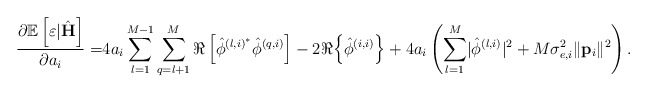
\begin{align*} \frac{\partial\mathbb{E}\left[\varepsilon|\hat{\mathbf{H}}\right]}{\partial a_i}=&4a_i\sum_{l=1}^{M-1}\sum_{q=l+1}^{M} \Re\left[\hat{\phi}^{\left(l,i\right)^*}\hat{\phi}^{\left(q,i\right)}\right]-2 \Re{\left\{\hat{\phi}^{\left(i,i\right)}\right\}}+4a_i\left(\sum_{l=1}^M\lvert\hat{\phi}^{\left(l,i\right)}\rvert^2+M\sigma_{e,i}^2\lVert\mathbf{p}_i\rVert^2\right).\end{align*}